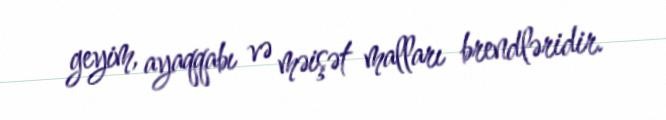
geyim, ayaqqabı və məişət malları brendləridir.